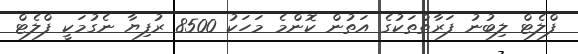
ފްލެޓް ލިބުނު ފަރާތްތަކުގެ އަތުން ކޮންމެ މަހަކު 8500 ރުފިޔާ ނެގުމަކީ ފްލެޓް